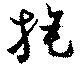
旄